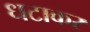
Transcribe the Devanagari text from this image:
धटाकर